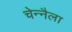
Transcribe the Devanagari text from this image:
चेन्नैला